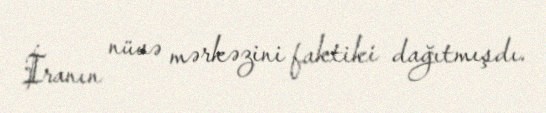
İranın nüvə mərkəzini faktiki dağıtmışdı.